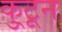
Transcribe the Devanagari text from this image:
कु्टून